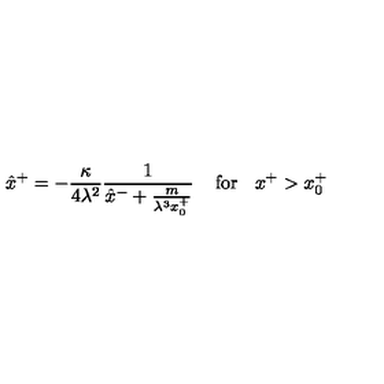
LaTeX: \hat { x } ^ { + } = - \frac { \kappa } { 4 \lambda ^ { 2 } } \frac { 1 } { \hat { x } ^ { - } + \frac { m } { \lambda ^ { 3 } x _ { 0 } ^ { + } } } \: \: \: \: \: \mathrm { f o r } \: \: \: \: x ^ { + } > x _ { 0 } ^ { + }